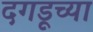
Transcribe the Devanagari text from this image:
दगडूच्या